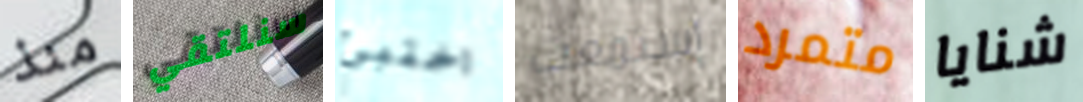
منذ سنلتقي اختبئ إستمعت متمرد شنايا